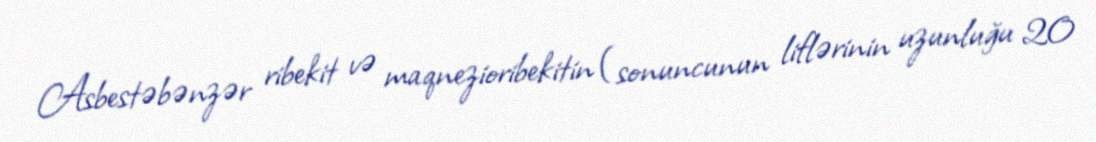
Asbestəbənzər ribekit və maqnezioribekitin (sonuncunun liflərinin uzunluğu 20